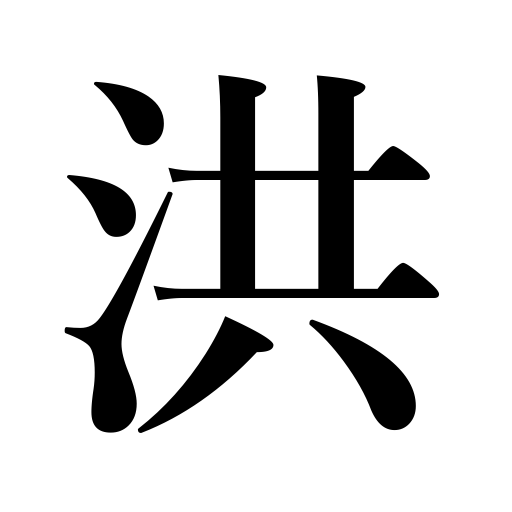
Meanings: vast,flood